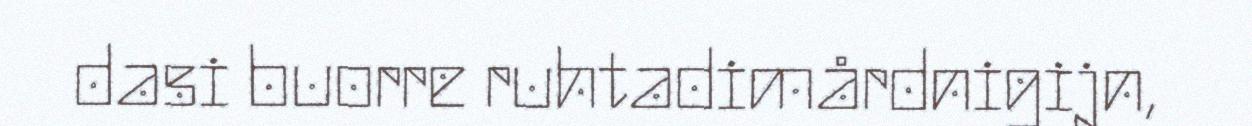
dasi buorre ruhtadimårdnigijn,